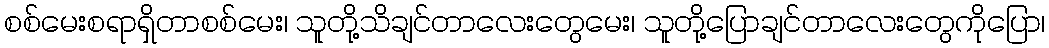
စစ်မေးစရာရှိတာစစ်မေး၊ သူတို့သိချင်တာလေးတွေမေး၊ သူတို့ပြောချင်တာလေးတွေကိုပြော၊